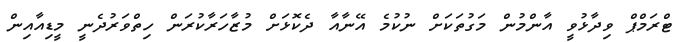
ޓްރަމްޕް ވިދާޅުވީ އާންމުން މަގުތަކަށް ނުކުމެ އޭނާއާ ދެކޮޅަށް މުޒާހަރާކުރަން ހިތްވަރުދެނީ މީޑިއާއިން